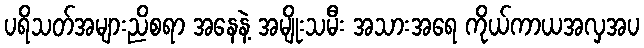
ပရိသတ်အများညိစရာ အနေနဲ့ အမျိုးသမီး အသားအရေ ကိုယ်ကာယအလှအပ